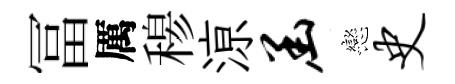
冨厲𥠇鿌函戀史